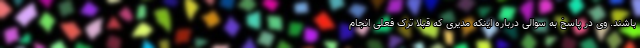
باشند. وی در پاسخ به سوالی درباره اینکه مدیری که قبلا ترک فعلی انجام